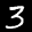
Label: 3